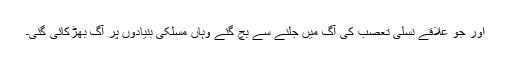
اور جو علاقے نسلی تعصب کی آگ میں جلنے سے بچ گئے وہاں مسلکی بنیادوں پر آگ بھڑکائی گئی۔